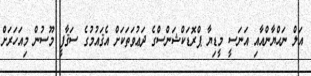
އަލް ނަޙްޔާންއާއި އަނަސީ މީޑިޔާ ޕްރޮޑަކްޝަންސްގެ ދަޢުވަތަކަށް އެޤައުމުގެ ސަޤާފީ މޫސުން މިއަހަރަށް